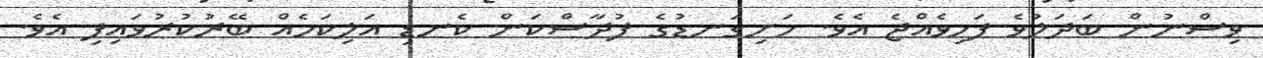
ވިސްނުން ބަދަލުވެ ފަހިވެއްޖެ އެވެ. ހަށިގަނޑުގެ ފުދާސްކަން ކެނޑި އަލިކަމެއް ބޭރުކުރުވައިފި އެވެ.